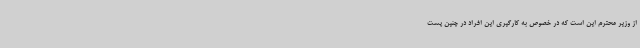
از وزیر محترم این است که در خصوص به کارگیری این افراد در چنین پست